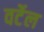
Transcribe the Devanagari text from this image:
वर्टेल